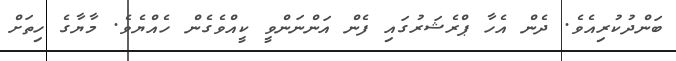
ބަންދުކުރިއެވެ. ދެން އެހާ ޕްރެޝަރުގައި ފެން އަންނަންވީ ކީއްވެގެން ހެއްޔެވެ. މާޔާގެ ހިތަށް